Elephants and their diseases
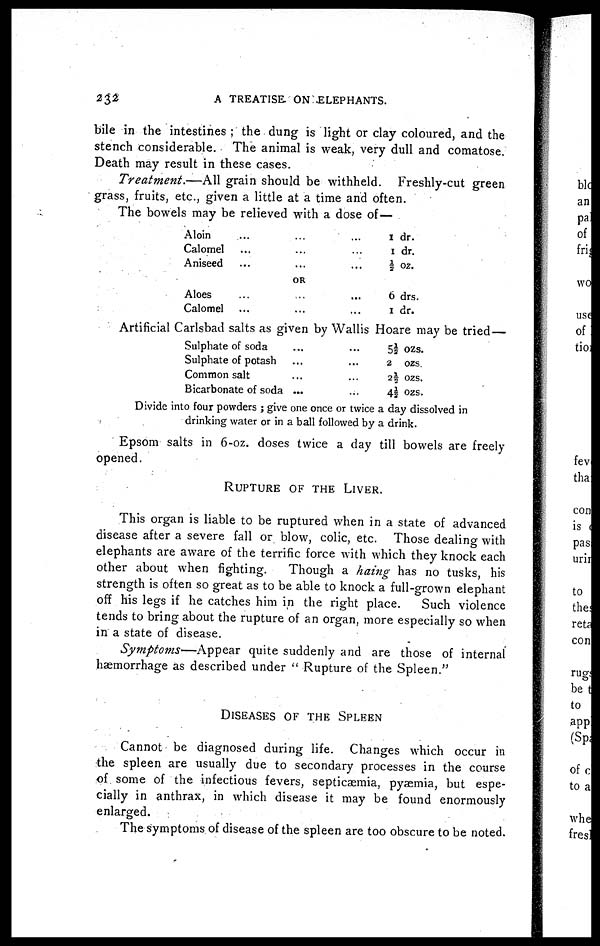
232
A TREATISE ON ELEPHANTS.
bile in the intestines ; the dung is light or clay coloured, and the
stench considerable. The animal is weak, very dull and comatose.
Death may result in these cases.
Treatment.—All
grain should be withheld. Freshly-cut green
grass, fruits, etc., given a little at a time and often.
The bowels may be relieved with a dose of—
Aloin ... ... ...
Calomel ... ... ...
Aniseed ... ... ...
1 dr.
1 dr.
½ oz.
OR
Aloes ... ... ...
Calomel ... ... ...
6 drs.
1 dr.
Artificial Carlsbad salts as given by Wallis Hoare may be tried —
Sulphate of soda ... ...
Sulphate of potash ... ...
Common salt ... ...
Bicarbonate of soda ... ...
5½ ozs.
2
ozs.
2½ ozs.
4½ ozs.
Divide into four powders ; give one once or twice a day dissolved in
drinking water or in a ball followed by a drink.
Epsom salts in 6-oz. doses twice a day till bowels are freely
opened.
RUPTURE OF THE LIVER.
This organ is liable to be ruptured when in a state of advanced
disease after a severe fall or blow, colic, etc. Those dealing with
elephants are aware of the terrific force with which they knock each
other about when fighting. Though a haing has no tusks, his
strength is often so great as to be able to knock a full-grown elephant
off his legs if he catches him in the right place.
Such violence
tends to bring about the rupture of an organ, more especially so when
in a state of disease.
Symptoms—Appear
quite suddenly and are those of internal
haemorrhage as described under " Rupture of the Spleen."
DISEASES OF THE SPLEEN
Cannot be diagnosed during life. Changes which occur in
the spleen are usually due to secondary processes in the course
of. some of the infectious fevers, septicaemia, pyaemia, but espe-
cially in anthrax, in which disease it may be found enormously
enlarged.
The symptoms of disease of the spleen are too obscure to be noted.